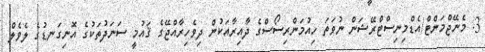
3. މެނޭޖްމަންޓް/އެޑްމިނިސްޓްރޭޝަން ނުވަތަ ހިއުމަންރިސޯސްގެ ދާއިރާއަކުން ދިވެހިރާއްޖޭގެ ޤައުމީ ސަނަދުތަކުގެ އޮނިގަނޑުގެ ލެވެލް